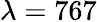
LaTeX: \lambda=767